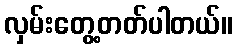
လှမ်းတွေ့တတ်ပါတယ်။